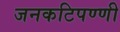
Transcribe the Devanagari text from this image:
जनकटिपण्णी